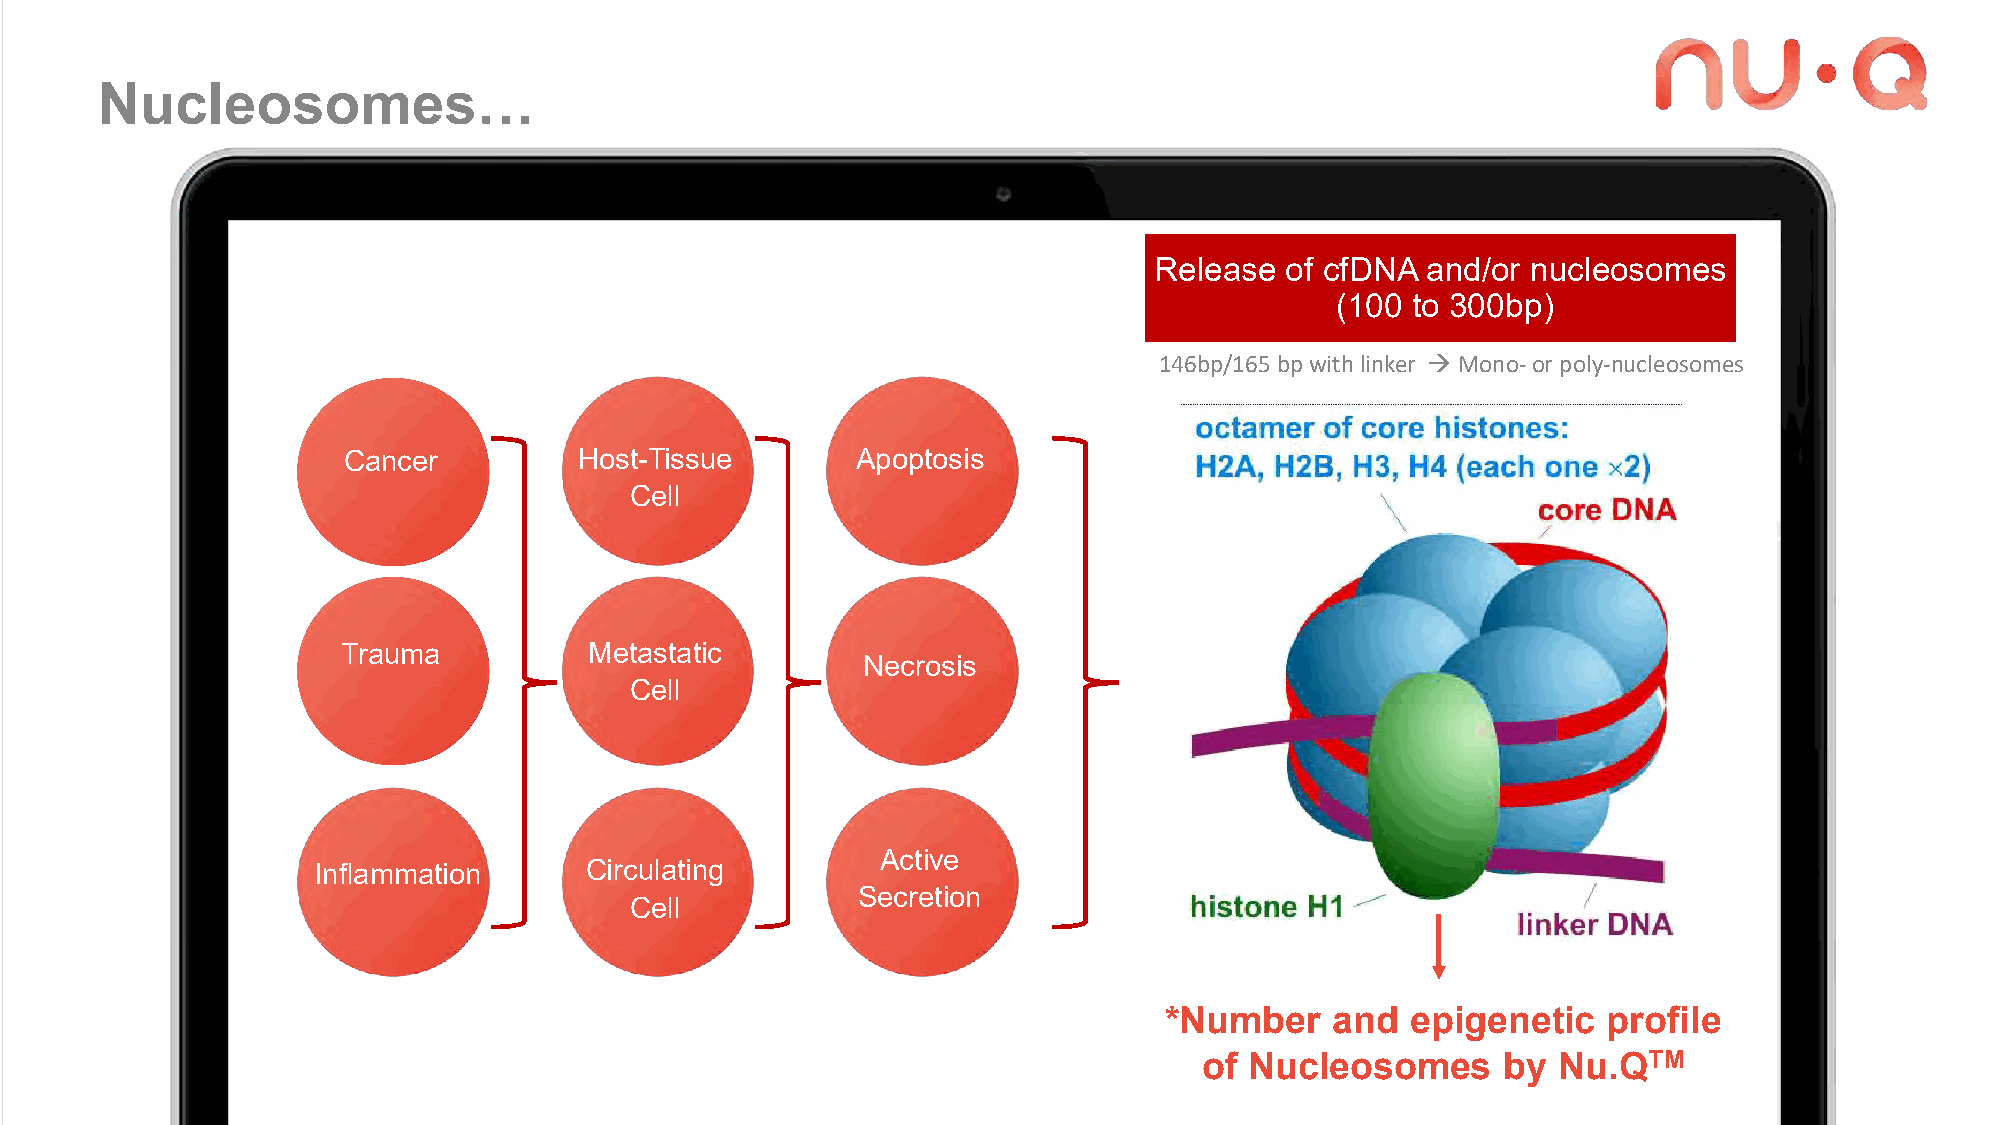
Nucleosomes…
 Release  of cfDNA and/or nucleosomes
 (100 to 300bp)
 146bp/165 bpwithlinker →Mono-or poly-nucleosomes
 Cancer         Host-Tissue        Apoptosis
 Cell
 Trauma          Metastatic
 Necrosis
 Cell
 Active
 Inflammation      Circulating
 Secretion
 Cell
 *Number    and  epigenetic   profile
 of Nucleosomes      by Nu.QTM